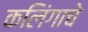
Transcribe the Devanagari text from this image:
कलिंगाचे